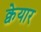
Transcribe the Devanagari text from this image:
क्वेयार